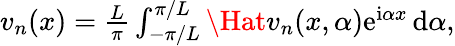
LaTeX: \begin{array}{r}{v_{n}(x)=\frac{L}{\pi}\int_{-\pi/L}^{\pi/L}\Hat{v}_{n}(x,\alpha)\mathrm{e}^{\mathrm{i}\alpha x}\, \mathrm{d}\alpha,}\end{array}